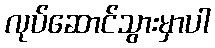
လုပ်ဆောင်သွားမှာပါ